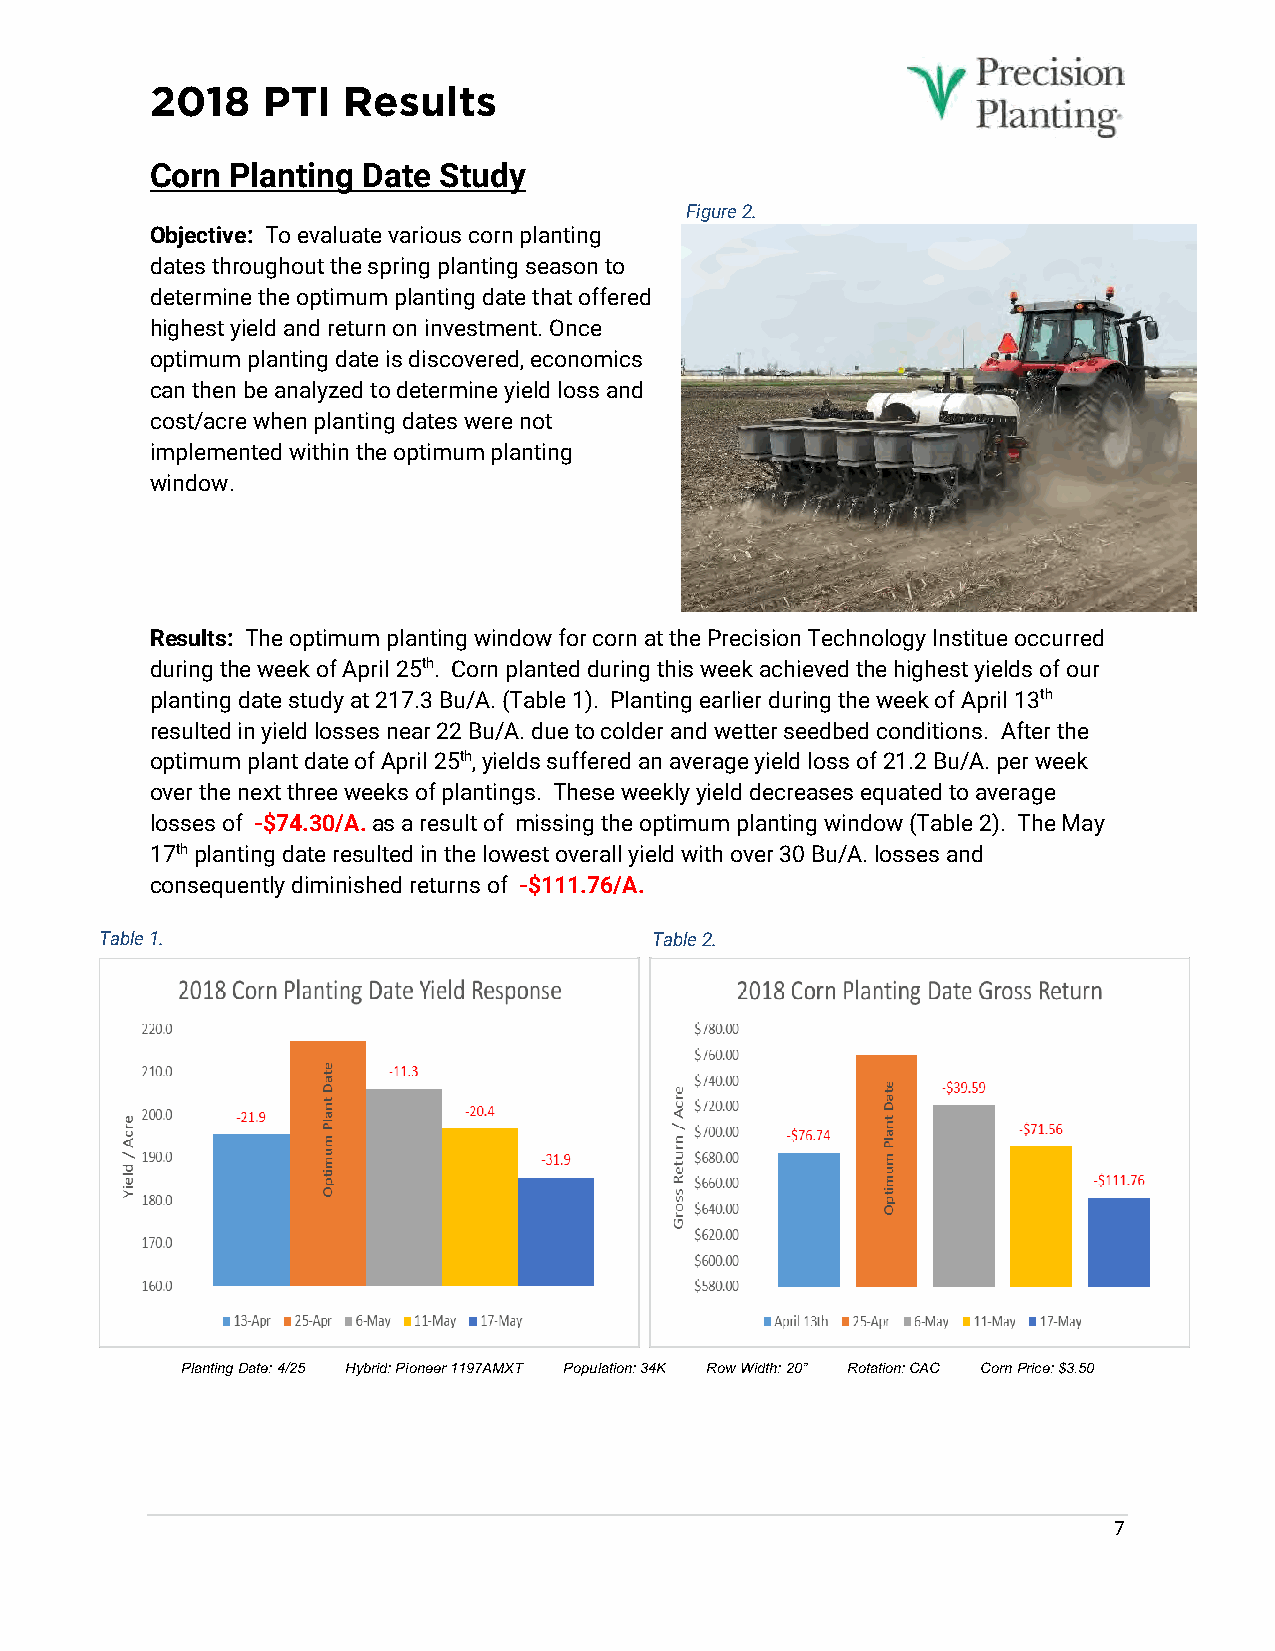
2018   PTI   Results
 Corn Planting Date Study
 Figure 2.
 Objective: To evaluate various corn planting
 dates throughout the spring planting season to
 determine the optimum planting date that offered
 highest yield and return on investment. Once
 optimum planting date is discovered, economics
 can then be analyzed to determine yield loss and
 cost/acre when planting dates were not
 implemented within the optimum planting
 window.
 Results: The optimum planting window for corn at the Precision Technology Institue occurred
 during the week of April 25th. Corn planted during this week achieved the highest yields of our
 planting date study at 217.3 Bu/A. (Table 1). Planting earlier during the week of April 13th
 resulted in yield losses near 22 Bu/A. due to colder and wetter seedbed conditions. After the
 optimum plant date of April 25th, yields suffered an average yield loss of 21.2 Bu/A. per week
 over the next three weeks of plantings. These weekly yield decreases equated to average
 losses of -$74.30/A. as a result of missing the optimum planting window (Table 2). The May
 17th planting date resulted in the lowest overall yield with over 30 Bu/A. losses and
 consequently diminished returns of -$111.76/A.
 Table 1 .                           Table 2.
 Planting Date: 4/25 Hybrid: Pioneer 1197AMXT Population: 34K Row Width: 20” Rotation: CAC Corn Price: $3.50
 7